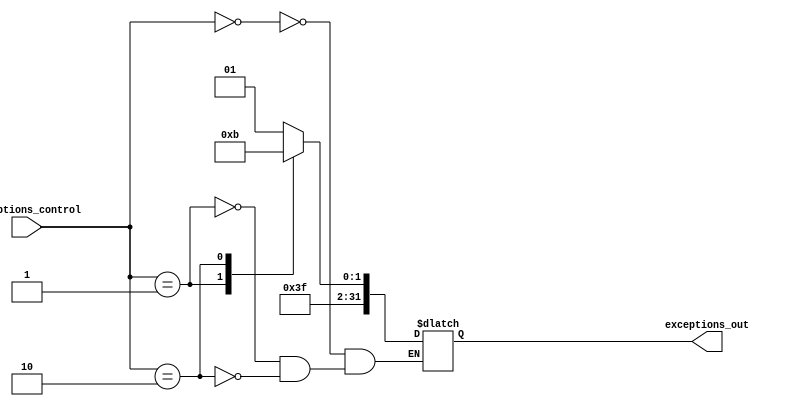
module ExceptionsControl (
    input wire [1:0] exceptions_control,
    output reg [31:0] exceptions_out
);

    parameter s0 = 0, s1 = 1, s2 = 2;

        always @(*) begin
            case (exceptions_control)
                s0:
                    exceptions_out <= 32'd253;
                s1:
                    exceptions_out <= 32'd254;
                s2:
                    exceptions_out <= 32'd255;
            endcase
        end
endmodule